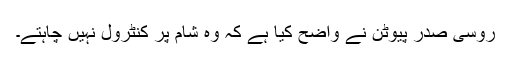
روسی صدر پیوٹن نے واضح کیا ہے کہ وہ شام پر کنٹرول نہیں چاہتے۔